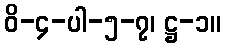
ဝိ-၄-ပါ-၅-၇၊ ဋ္ဌ-၁။